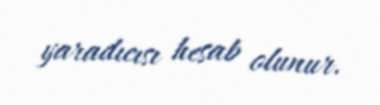
yaradıcısı hesab olunur.